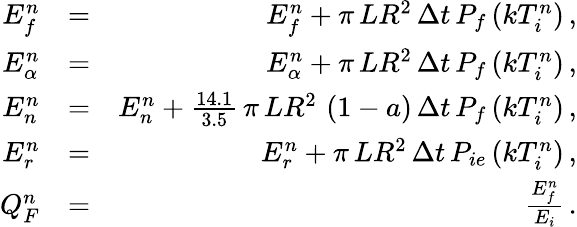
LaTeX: \begin{array}{rlr}{E_{f}^{n}}&{=}&{E_{f}^{n}+\pi\, LR^{2}\, \Delta t\, P_{f}\left(kT_{i}^{n}\right)\, ,}\\ {E_{\alpha}^{n}}&{=}&{E_{\alpha}^{n}+\pi\, LR^{2}\, \Delta t\, P_{f}\left(kT_{i}^{n}\right)\, ,}\\ {E_{n}^{n}}&{=}&{E_{n}^{n}+\frac{14.1}{3.5}\, \pi\, LR^{2}\, \left(1-a\right)\, \Delta t\, P_{f}\left(kT_{i}^{n}\right)\, ,}\\ {E_{r}^{n}}&{=}&{E_{r}^{n}+\pi\, LR^{2}\, \Delta t\, P_{ie}\left(kT_{i}^{n}\right)\, ,}\\ {Q_{F}^{n}}&{=}&{\frac{E_{f}^{n}}{E_{i}}\, .}\end{array}